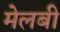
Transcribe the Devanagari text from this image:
मेलबी